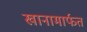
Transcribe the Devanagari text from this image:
खानामार्फत